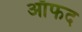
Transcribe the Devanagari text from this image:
ऑफद